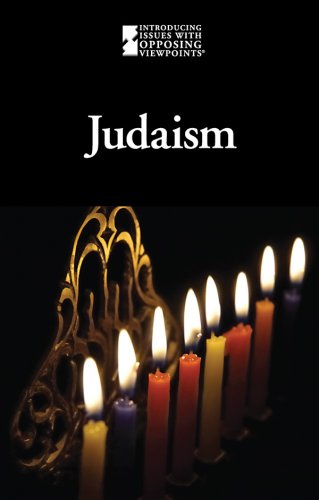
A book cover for Judaism (Introducing Issues With Opposing Viewpoints); Emma Bernay; Teen & Young Adult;